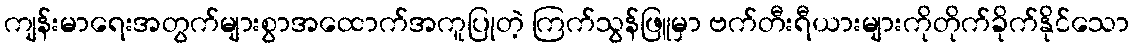
ကျန်းမာရေးအတွက်များစွာအထောက်အကူပြုတဲ့ ကြက်သွန်ဖြူမှာ ဗက်တီးရီယားများကိုတိုက်ခိုက်နိုင်သော